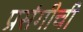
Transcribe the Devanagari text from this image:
प्रसंगीची